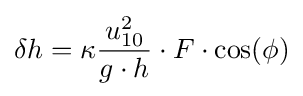
\delta h=\kappa {\frac {u_{10}^{2}}{g\cdot h}}\cdot F\cdot \cos(\phi )